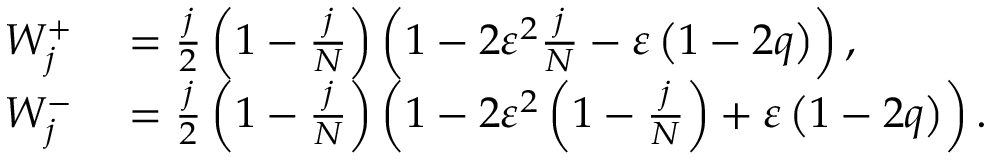
\begin{array} { r l } { W _ { j } ^ { + } } & { { } = \frac { j } { 2 } \left( 1 - \frac { j } { N } \right) \left( 1 - 2 \varepsilon ^ { 2 } \frac { j } { N } - \varepsilon \left( 1 - 2 q \right) \right) , } \\ { W _ { j } ^ { - } } & { { } = \frac { j } { 2 } \left( 1 - \frac { j } { N } \right) \left( 1 - 2 \varepsilon ^ { 2 } \left( 1 - \frac { j } { N } \right) + \varepsilon \left( 1 - 2 q \right) \right) . } \end{array}